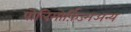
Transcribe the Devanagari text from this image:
पोलिमोर्फ़िज्मअन्य